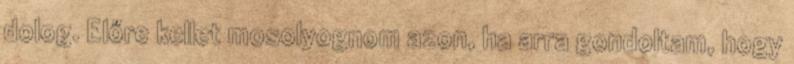
dolog. Előre kellet mosolyognom azon, ha arra gondoltam, hogy